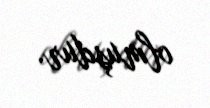
olmuşdur.